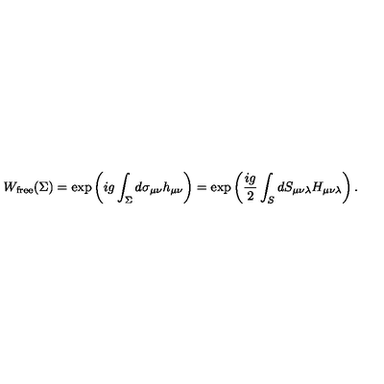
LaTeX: W _ { \mathrm { f r e e } } ( \Sigma ) = \exp \left( i g \int _ { \Sigma } ^ { } d \sigma _ { \mu \nu } h _ { \mu \nu } \right) = \exp \left( \frac { i g } { 2 } \int _ { S } ^ { } d S _ { \mu \nu \lambda } H _ { \mu \nu \lambda } \right) .